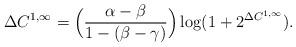
LaTeX: \begin{align*}\Delta{C}^{1,\infty}=\Big({\frac{\alpha-\beta}{1-(\beta-\gamma)}}\Big)\log(1+2^{\Delta{C}^{1,\infty}}).\end{align*}